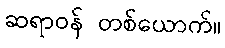
ဆရာဝန် တစ်ယောက်။